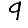
Digit: 9